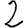
Digit: 2